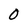
Character: O